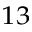
^ { 1 3 }